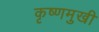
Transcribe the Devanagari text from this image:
कृष्णमुखी